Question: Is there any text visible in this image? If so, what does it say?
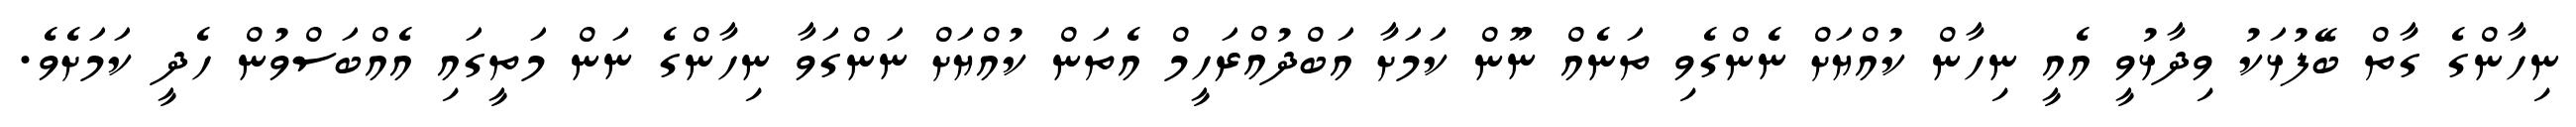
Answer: ނިހާންގެ ގާތް ބޭފުޅަކު ވިދާޅުވީ އެއީ ނިހާން ކުއްޔަށް ނެންގެވި ތަނެއް ނޫން ކަމަށާ އަބްދުއްރަހީމް އެތަން ކުއްޔަށް ނަންގަވާ ނިހާންގެ ނަން މަތީގައި އެއްބަސްވުން ހެދީ ކަމަށެވެ.